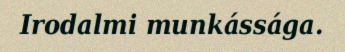
Irodalmi munkássága.